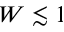
W \lesssim 1